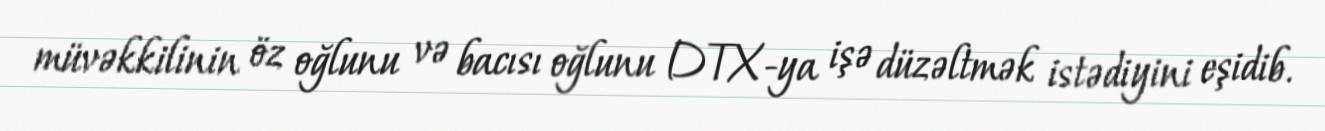
müvəkkilinin öz oğlunu və bacısı oğlunu DTX-ya işə düzəltmək istədiyini eşidib.